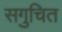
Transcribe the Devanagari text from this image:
सगुचित